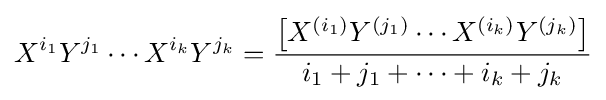
X^{i_{1}}Y^{j_{1}}\cdots X^{i_{k}}Y^{j_{k}}={\frac {\left[X^{(i_{1})}Y^{(j_{1})}\cdots X^{(i_{k})}Y^{(j_{k})}\right]}{i_{1}+j_{1}+\cdots +i_{k}+j_{k}}}